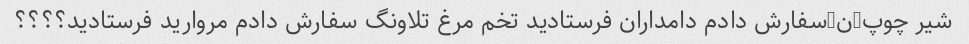
شیر چوپ-ن-سفارش دادم دامداران فرستادید تخم مرغ تلاونگ سفارش دادم مروارید فرستادید؟؟؟؟